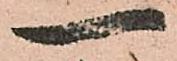
一